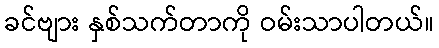
ခင်ဗျား နှစ်သက်တာကို ဝမ်းသာပါတယ်။